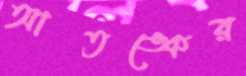
আতঙ্কের